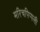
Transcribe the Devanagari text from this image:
मरिचपिप्पली